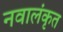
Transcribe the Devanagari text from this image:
नवालंकृत